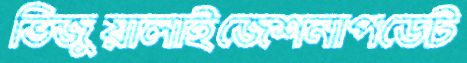
ভিজুয়ালাইজেশনাপডেট